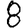
Digit: 8